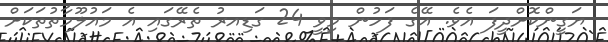
ޔަގީންކޮށްދީފަ އެވެ. އޭގެ ފަހުން މިވީ 24 ގަޑިއރު ތެރޭގައި އެ މައުލޫމާތުތަކަށް